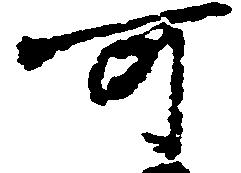
可